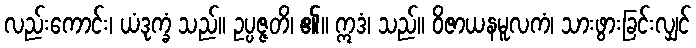
လည်းကောင်း၊ ယံဒုက္ခံ သည်။ ဥပ္ပဇ္ဇတိ၊ ၏။ ဣဒံ၊ သည်။ ဝိဇာယနမူလကံ၊ သားဖွားခြင်းလျှင်